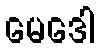
မေဒေါ